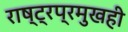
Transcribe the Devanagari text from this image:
राष्ट्रप्रमुखही